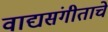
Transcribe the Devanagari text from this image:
वाद्यसंगीताचे